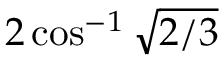
2 \cos ^ { - 1 } \sqrt { 2 / 3 }